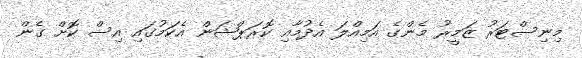
މިނިސްޓަރު ޒަމީރު މެންގެ އަމިއްލަ އެދުމާއި ކޮރަޕްޝަން އެކަމުގައި އިސް ކޮށް ގެން